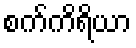
စက်ကိရိယာ